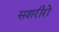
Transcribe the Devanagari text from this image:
सशरीरो